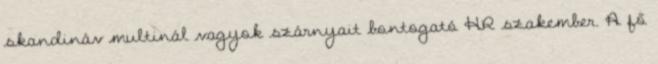
skandináv multinál vagyok szárnyait bontogató HR szakember. A fő